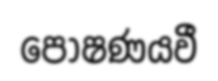
පෝෂණයවී